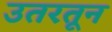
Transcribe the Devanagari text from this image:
उतरतून